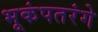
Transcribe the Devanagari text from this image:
भूकंपतरंगे